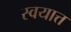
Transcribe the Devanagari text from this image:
स्वयात्त